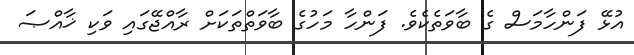
އުޅޭ ފަންހާމަސް ގެ ބާވަތެކެވެ. ފަންހާ މަހުގެ ބާވަތްތަކަށް ރާއްޖޭގައި ވަކި ޚާއްޞަ